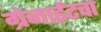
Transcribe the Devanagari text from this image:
ग्रेनाईटचा